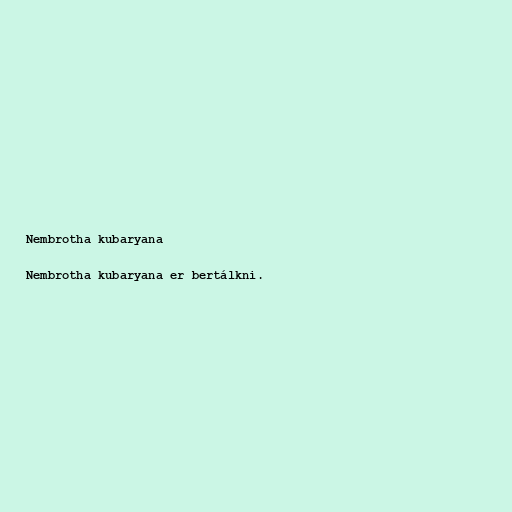
Nembrotha kubaryana

Nembrotha kubaryana er bertálkni.